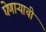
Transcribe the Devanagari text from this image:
घेणाऱ्याची